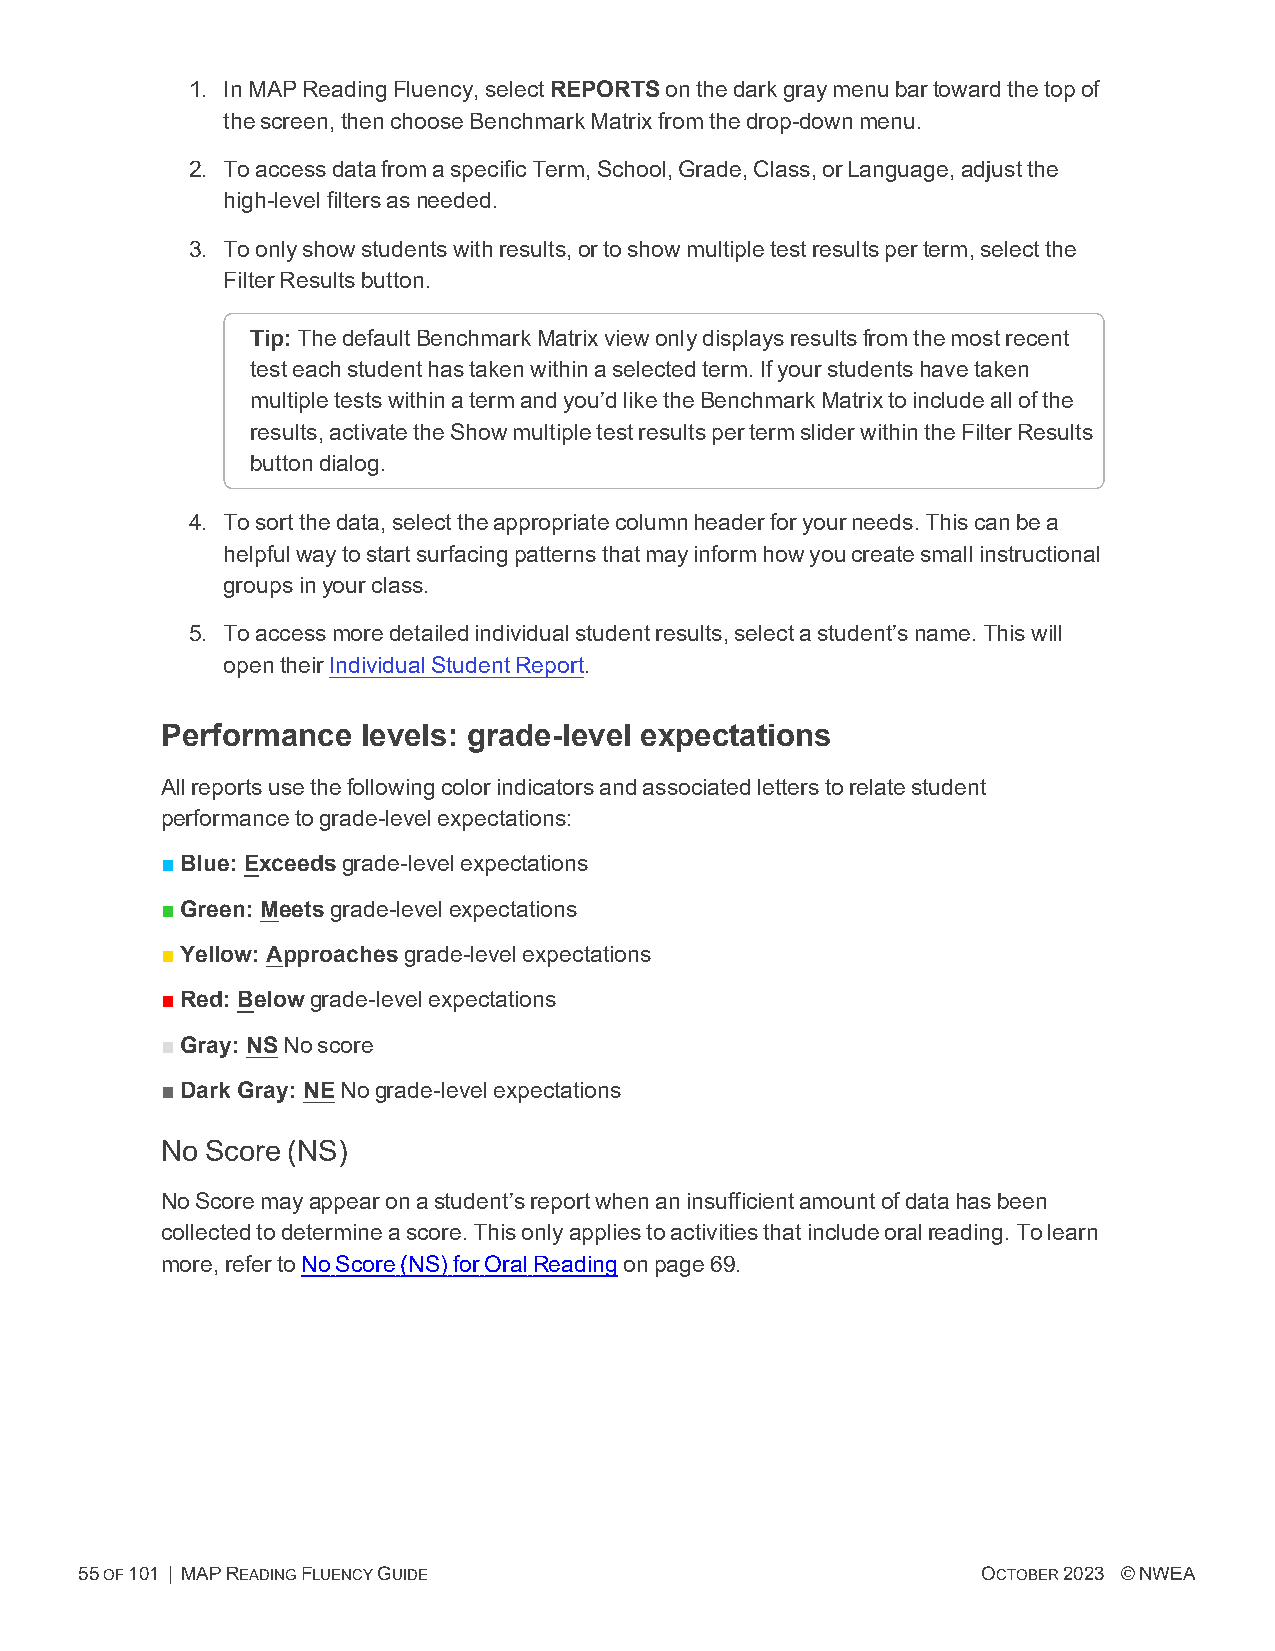
1. InMAPReadingFluency,selectREPORTSonthedarkgraymenubartowardthetopof
 thescreen,thenchooseBenchmarkMatrixfromthedrop-downmenu.
 2. ToaccessdatafromaspecificTerm,School,Grade,Class,orLanguage,adjustthe
 high-levelfiltersasneeded.
 3. Toonlyshowstudentswithresults,ortoshowmultipletestresultsperterm,selectthe
 FilterResultsbutton.
 Tip:ThedefaultBenchmarkMatrixviewonlydisplaysresultsfromthemostrecent
 testeachstudenthastakenwithinaselectedterm.Ifyourstudentshavetaken
 multipletestswithinatermandyou’dliketheBenchmarkMatrixtoincludeallofthe
 results,activatetheShowmultipletestresultspertermsliderwithintheFilterResults
 buttondialog.
 4. Tosortthedata,selecttheappropriatecolumnheaderforyourneeds.Thiscanbea
 helpfulwaytostartsurfacingpatternsthatmayinformhowyoucreatesmallinstructional
 groupsinyourclass.
 5. Toaccessmoredetailedindividualstudentresults,selectastudent’sname.Thiswill
 opentheirIndividualStudentReport.
 Performance  levels: grade-level expectations
 Allreportsusethefollowingcolorindicatorsandassociatedletterstorelatestudent
 performancetograde-levelexpectations:
 ■Blue: Exceedsgrade-levelexpectations
 ■Green: Meetsgrade-levelexpectations
 ■Yellow: Approachesgrade-levelexpectations
 ■Red: Belowgrade-levelexpectations
 ■Gray: NSNoscore
 ■Dark Gray: NENograde-levelexpectations
 No Score (NS)
 NoScoremayappearonastudent’sreportwhenaninsufficientamountofdatahasbeen
 collectedtodetermineascore.Thisonlyappliestoactivitiesthatincludeoralreading.Tolearn
 more,refertoNoScore(NS)forOralReadingonpage69.
 55OF101 | MAPREADINGFLUENCYGUIDE                            OCTOBER2023 ©NWEA